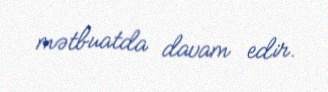
mətbuatda davam edir.